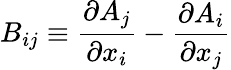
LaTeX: B_{ij}\equiv{\frac{\partial A_{j}}{\partial x_{i}}}-{\frac{\partial A_{i}}{\partial x_{j}}}